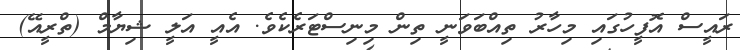
ރައީސް އޮފީހުގައި މިހާރު ތިއްބަވަނީ ތިން މިނިސްޓަރެކެވެ. އެއީ އަލީ ޝިޔާމް (ތްރީއޭ)